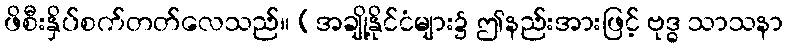
ဖိစီးနှိပ်စက်တတ်လေသည်။ (အချို့နိုင်ငံများ၌ ဤနည်းအားဖြင့် ဗုဒ္ဓ သာသနာ